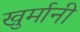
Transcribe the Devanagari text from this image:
खुर्मानी